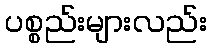
ပစ္စည်းများလည်း